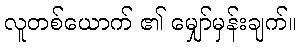
လူတစ်ယောက် ၏ မျှော်မှန်းချက်။